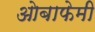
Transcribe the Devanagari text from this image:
ओबाफेमी